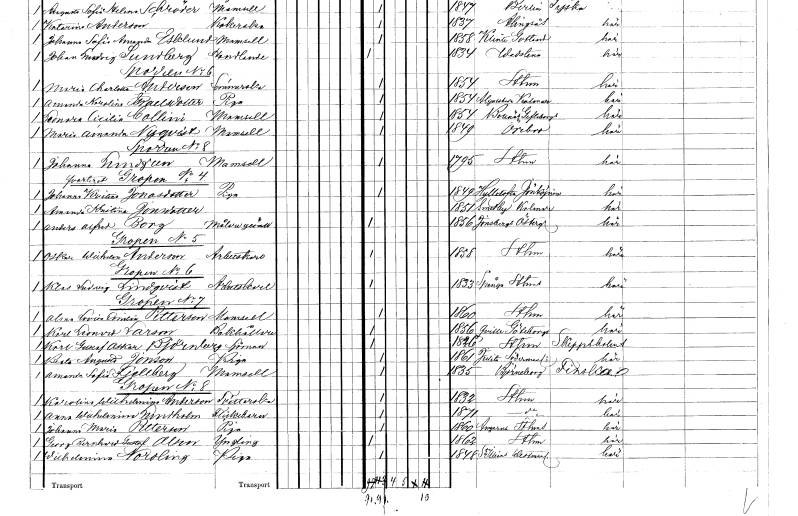
gt_parse: households: individuals: FN: Maria Charlotta
EN: Anderson
YRKE: Sömmerska
KON: K
CIV: O
FODAR: 1854
FODFORS: Stockholm
FN: Amanda Karolina
EN: Israelsdotter
YRKE: Piga
KON: K
CIV: O
FODAR: 1854
FODFORS: Algutsboda Kalmar län
FN: Leonora Cicilia
EN: Collini
KON: K
CIV: O
FODAR: 1854
FODFORS: Bollnäs Gävleborgs län
FN: Maria Amanda
EN: Nyqvist
KON: K
CIV: O
FODAR: 1849
FODFORS: Örebro Örebro län
FN: Johanna
EN: Lundgren
KON: K
CIV: O
FODAR: 1795
FODFORS: Stockholm
FN: Johanna Kristina
EN: Jonasdotter
YRKE: Piga
KON: K
CIV: O
FODAR: 1849
FN: Amanda Kristina
EN: Jonasdotter
KON: K
CIV: U
FODAR: 1851
FODFORS: Smedby Kalmar län
FN: Anders Alfred
EN: Borg
YRKE: Målaregesäll
KON: M
CIV: O
FODAR: 1856
FODFORS: Jonsberg Östergötlands län
FN: Oskar Wilhelm
EN: Anderson
YRKE: Arbetskarl
KON: M
CIV: O
FODAR: 1858
FODFORS: Stockholm
FN: Klas Ludvig
EN: Lindqvist
YRKE: Arbetskarl
KON: M
CIV: O
FODAR: 1833
FODFORS: Spånga Stockholms län
FN: Alma Lovisa Emilia
EN: Petterson
KON: K
CIV: O
FODAR: 1860
FODFORS: Stockholm
FN: Karl Leonard
EN: Larson
YRKE: Bokhållare
KON: M
CIV: O
FODAR: 1856
FODFORS: Kville Göteborgs- och Bohuslän
FN: Karl Gustaf Oskar
EN: Björnberg
YRKE: Sjöman
KON: M
CIV: O
FODAR: 1826
FODFORS: Stockholm
FN: beata Augusta
EN: Jonson
YRKE: Piga
KON: K
CIV: O
FODAR: 1861
FODFORS: Julita Södermanlands län
FN: Amanda Sofia
EN: Kjellberg
KON: K
CIV: O
FODAR: 1835
FN: Karolina Wilhelmina
EN: Anderson
YRKE: Tvätterska
KON: K
CIV: O
FODAR: 1832
FODFORS: Stockholm
FN: Anna Wilhelmina
EN: Lundholm
KON: K
CIV: O
FODAR: 1871
FODFORS: Stockholm
FN: Johanna Maria
EN: Petterson
YRKE: Piga
KON: K
CIV: O
FODAR: 1860
FODFORS: Angarn Stockholms län
FN: Georg Bernhard Gustaf
EN: Olson
KON: M
CIV: O
FODAR: 1862
FODFORS: Stockholm
FN: Wilhelmina
EN: Nordling
YRKE: Piga
KON: K
CIV: O
FODAR: 1848
FODFORS: Sankt Ilian Västmanlands län